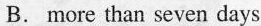
B. more than seven days